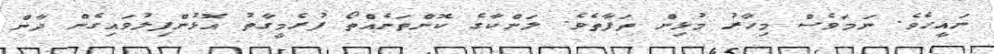
ނައީހެވެ. ނަމަވެސް މިހާރު މުޅިން ތަފާތެވެ. ލަންކާގެ ކޮންތަނެއްތޯ ފުރެމީގާތު އޮޅުންފިލުވައިގެން ދާން